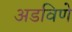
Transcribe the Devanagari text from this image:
अडविणे